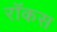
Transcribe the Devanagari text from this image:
रॉकस